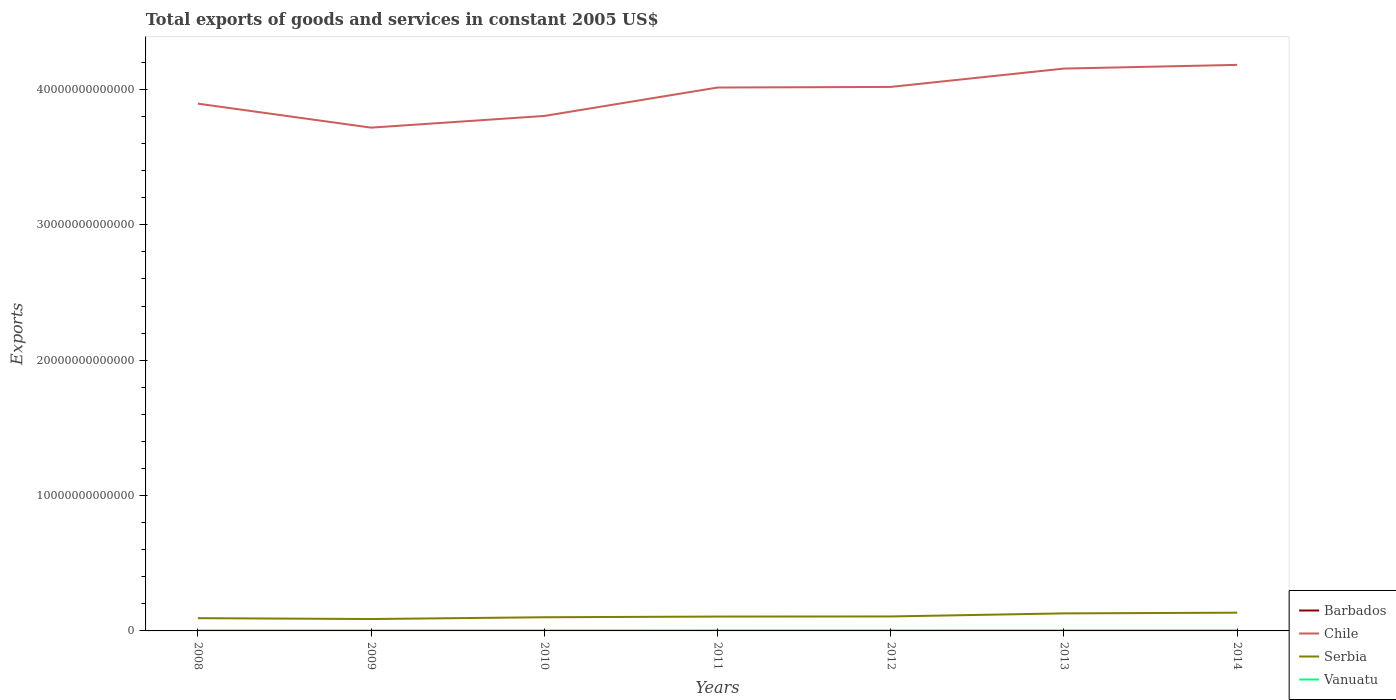
| Years | Barbados | Chile | Serbia | Vanuatu |
 | --- | --- | --- | --- | --- |
 | 2008 | 7.82e+08 | 3.9e+13 | 9.43e+11 | 2.31e+10 |
 | 2009 | 7.59e+08 | 3.72e+13 | 8.78e+11 | 2.64e+10 |
 | 2010 | 7.95e+08 | 3.8e+13 | 1.01e+12 | 2.65e+10 |
 | 2011 | 6.14e+08 | 4.01e+13 | 1.06e+12 | 2.92e+10 |
 | 2012 | 6.13e+08 | 4.02e+13 | 1.07e+12 | 2.89e+10 |
 | 2013 | 5.8e+08 | 4.15e+13 | 1.3e+12 | 3.01e+10 |
 | 2014 | 5.84e+08 | 4.18e+13 | 1.35e+12 | 2.99e+10 |